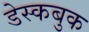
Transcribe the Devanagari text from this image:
डेस्कबुक